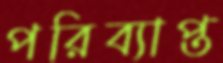
পরিব্যাপ্ত